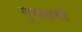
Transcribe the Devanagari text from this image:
गुणवाची